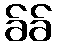
ခ်ခ်